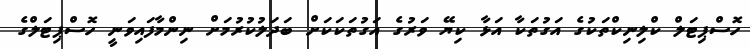
ހޮސްޕިޓަލް ކްލިނިކްތަކުގެ އަގުތަކާ އަޅާ ކިޔޭ ވަރުގެ އަގުތަކަކަށް ބަދަލުކުރުމަށް ނިންމާފައިވަނީ ހޮސްޕިޓަލްގެ